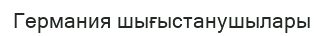
Германия шығыстанушылары